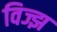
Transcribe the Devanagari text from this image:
विज्झ